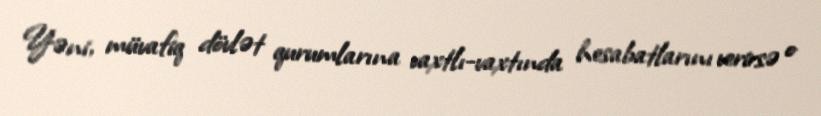
Yəni, müvafiq dövlət qurumlarına vaxtlı-vaxtında hesabatlarını verirsə o